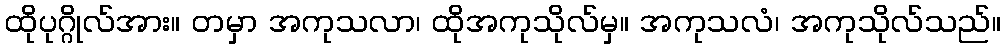
ထိုပုဂ္ဂိုလ်အား။ တမှာ အကုသလာ၊ ထိုအကုသိုလ်မှ။ အကုသလံ၊ အကုသိုလ်သည်။